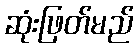
ဆုံးဖြတ်မည်